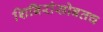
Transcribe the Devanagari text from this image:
शिबिरांसोबतच